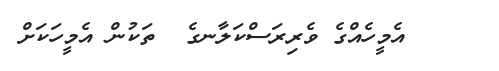
އެމީހެއްގެ ވެރިރަސްކަލާނގެ  ތަކުން އެމީހަކަށް